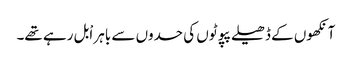
آنکھوں کے ڈھیلے پپوٹوں کی حدوں سے باہر اْبل رہے تھے۔